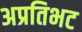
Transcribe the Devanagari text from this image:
अप्रतिभट